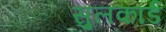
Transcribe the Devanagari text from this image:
सुलकार्ड